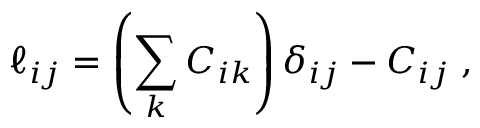
\ell _ { i j } = \left( \sum _ { k } C _ { i k } \right) \delta _ { i j } - C _ { i j } \; ,